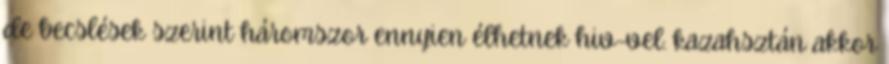
de becslések szerint háromszor ennyien élhetnek hiv-vel. kazahsztán akkor